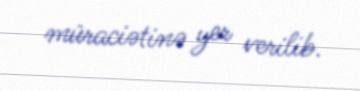
müraciətinə yer verilib.